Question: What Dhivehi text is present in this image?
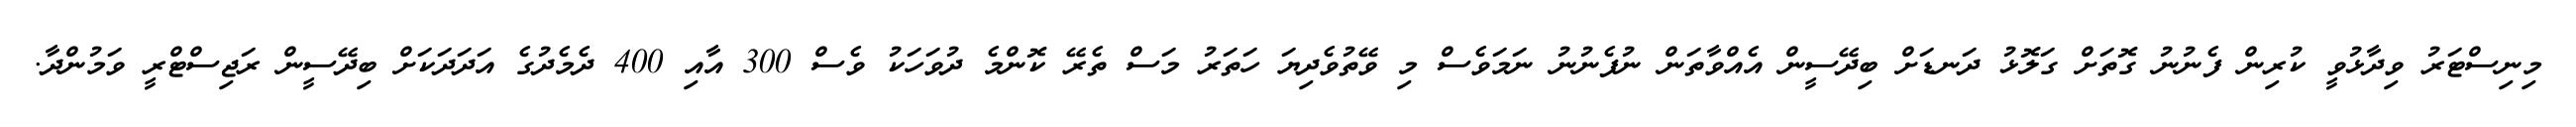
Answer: މިނިސްޓަރު ވިދާޅުވީ ކުރިން ފެނުނު ގޮތަށް ގަލޮޅު ދަނޑަށް ބިދޭސީން އެއްވާތަން ނުފެނުނު ނަމަވެސް މި ވޭތުވެދިޔަ ހަތަރު މަސް ތެރޭ ކޮންމެ ދުވަހަކު ވެސް 300 އާއި 400 ދެމެދުގެ އަދަދަކަށް ބިދޭސީން ރަޖިސްޓްރީ ވަމުންދާ.